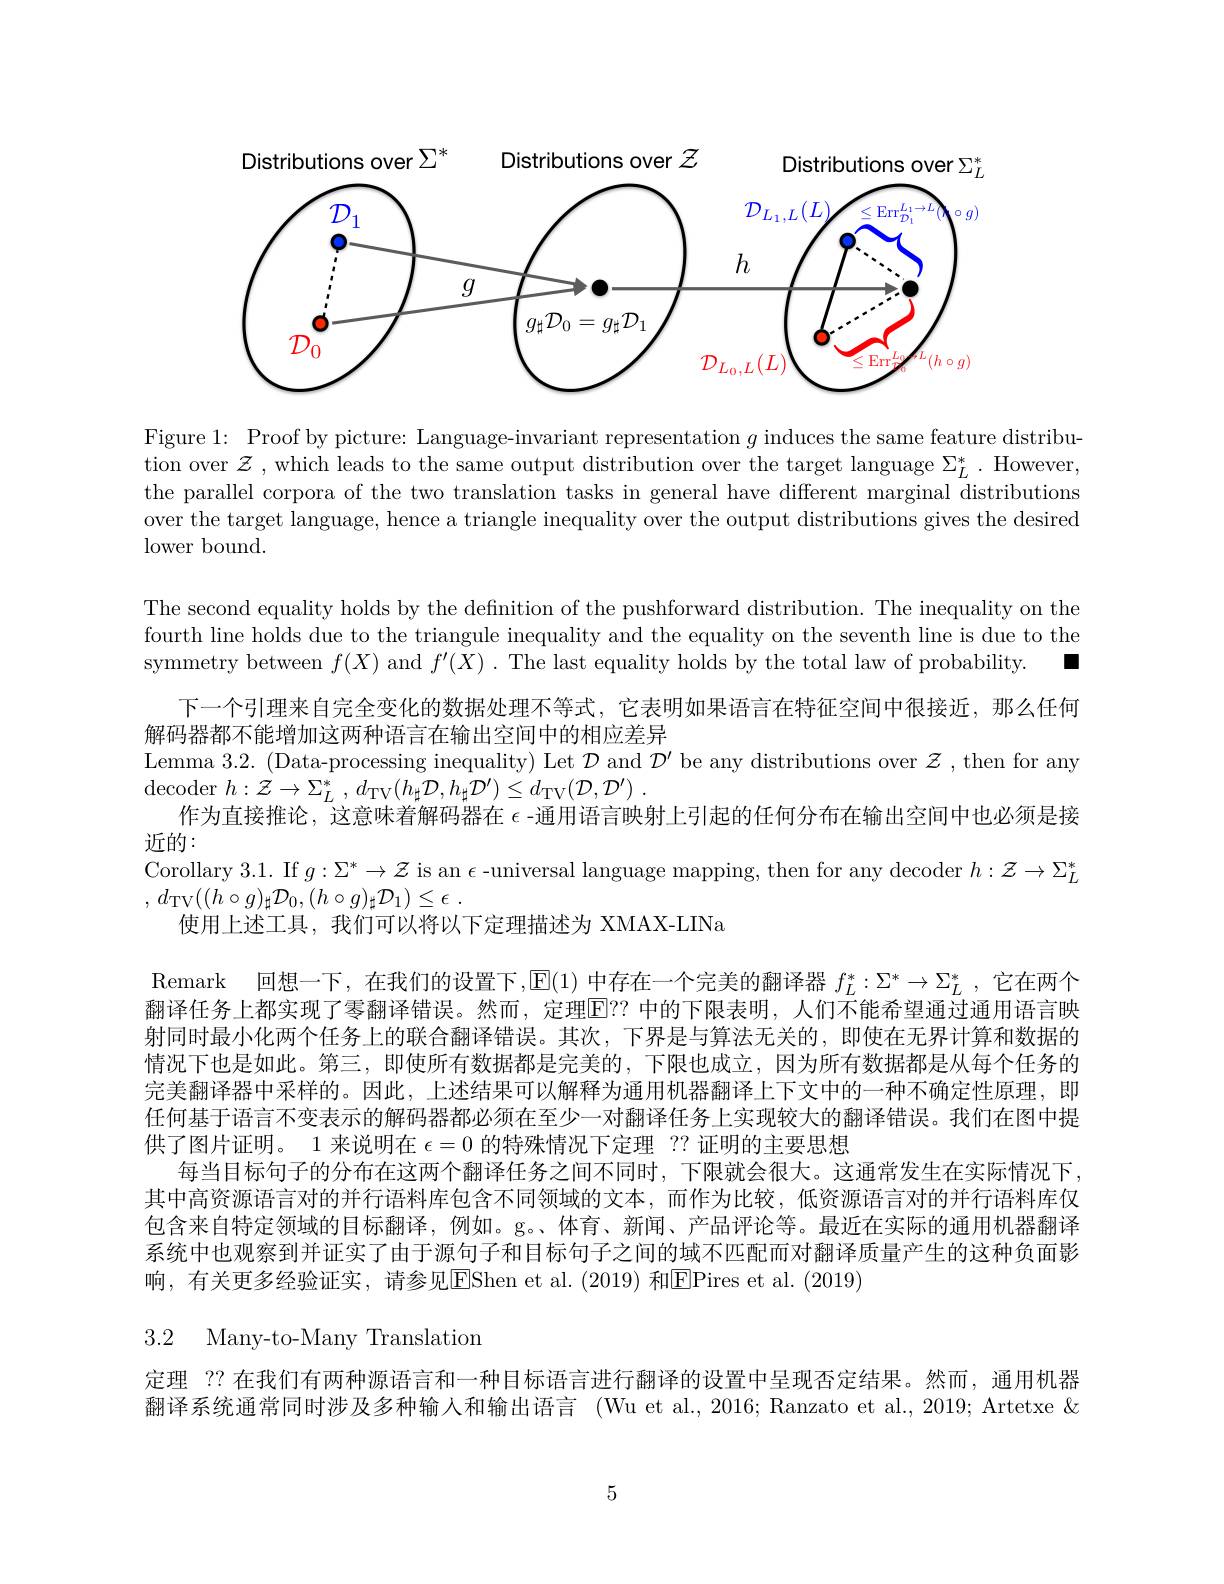
<FigureHere>

Figure 1: Proof by picture: Language-invariant representation $g$ induces the same feature distribution over $\mathcal{Z}$ , which leads to the same output distribution over the target language $\Sigma_L^*.$ However, the parallel corpora of the two translation tasks in general have different marginal distributions over the target language, hence a triangle inequality over the output distributions gives the desired lower bound.

The second equality holds by the definition of the pushforward distribution. The inequality on the fourth line holds due to the triangule inequality and the equality on the seventh line is due to the
$\square$
symmetry between $f(X)$ and $f^\prime(X).$ The last equality holds by the total law of probability.
下一个引理来自完全变化的数据处理不等式，它表明如果语言在特征空间中很接近，那么任何
解码器都不能增加这两种语言在输出空间中的相应差异
Lemma 3.2. (Data-processing inequality) Let $\mathcal{D}$ and $\mathcal{D}^\prime$ be any distributions over $\mathcal{Z}$, then for any
${\mathrm{decoder~}}h: \mathcal{Z} \to \Sigma _{L}^{* }$ , $d_{\mathrm{TV}}( h_{\sharp }\mathcal{D} , h_{\sharp }\mathcal{D} ^{\prime }) \leq d_{\mathrm{TV}}( \mathcal{D} , \mathcal{D} ^{\prime })$ .
作为直接推论，这意味着解码器在$\epsilon$ -通用语言映射上引起的任何分布在输出空间中也必须是接
近的：
Corollary 3.1. If $g:\Sigma^*\to\mathcal{Z}$ is an $\epsilon$ -universal language mapping, then for any decoder $h:\mathcal{Z}\to\Sigma_L^*$
, $d_{\mathrm{TV}}( ( h\circ g) _{\sharp }\mathcal{D} _{0}, ( h\circ g) _{\sharp }\mathcal{D} _{1}) \leq \epsilon$ .
使用上述工具，我们可以将以下定理描述为 XMAX-LINa
Remark 回想一下，在我们的设置下，E(1) 中存在一个完美的翻译器 $f_L^*:\Sigma^*\to\Sigma_L^*$ ,它在两个翻译任务上都实现了零翻译错误。然而，定理El？? 中的下限表明，人们不能希望通过通用语言映射同时最小化两个任务上的联合翻译错误。其次，下界是与算法无关的，即使在无界计算和数据的情况下也是如此。第三，即使所有数据都是完美的，下限也成立，因为所有数据都是从每个任务的完美翻译器中采样的。因此，上述结果可以解释为通用机器翻译上下文中的一种不确定性原理，即任何基于语言不变表示的解码器都必须在至少一对翻译任务上实现较大的翻译错误。我们在图中提供了图片证明。1 来说明在$\epsilon=0$的特殊情况下定理 ?? 证明的主要思想
每当目标句子的分布在这两个翻译任务之间不同时，下限就会很大。这通常发生在实际情况下。其中高资源语言对的并行语料库包含不同领域的文本，而作为比较，低资源语言对的并行语料库仅包含来自特定领域的目标翻译，例如。g。、体育、新闻、产品评论等。最近在实际的通用机器翻译系统中也观察到并证实了由于源句子和目标句子之间的域不匹配而对翻译质量产生的这种负面影响，有关更多经验证实，请参见EShen et al. (2019) 和EPires et al. (2019)

3.2 Many-to-Many Translation

定理 ?? 在我们有两种源语言和一种目标语言进行翻译的设置中呈现否定结果。然而，通用机器翻译系统通常同时涉及多种输入和输出语言 (Wu et al., 2016; Ranzato et al., 2019; Artetxe &

5